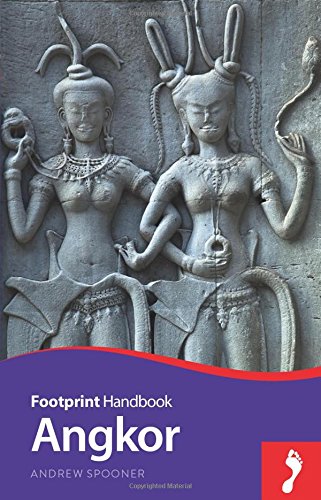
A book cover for Angkor Handbook (Footprint - Handbooks); Andrew Spooner; Travel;